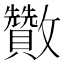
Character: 𣀹